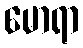
မောရာ